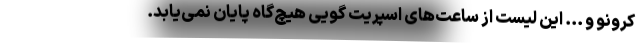
کرونو و ... این لیست از ساعت‌های اسپریت گویی هیچ‌گاه پایان نمی‌یابد.